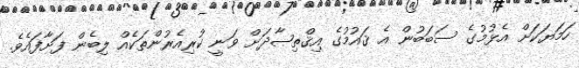
ހަމަޔަކަށް އެޅުމުގެ ސަބަބުން އެ ޤައުމުގެ އިޤްތިޞާދަށް ވަނީ ކުރިއެރުންތަކެއް ލިބެން ފަށާފައެވެ.